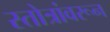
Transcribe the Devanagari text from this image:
स्तोत्रांवरून